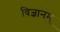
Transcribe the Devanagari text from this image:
विज्ञानम्